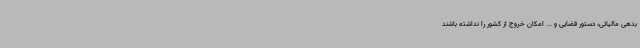
بدهی مالیاتی، دستور قضایی و ... امکان خروج از کشور را نداشته باشند